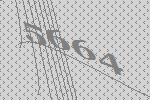
5664